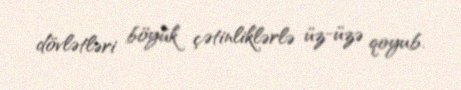
dövlətləri böyük çətinliklərlə üz-üzə qoyub.